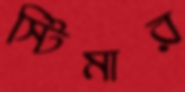
স্টিমার